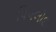
પિપલોદ